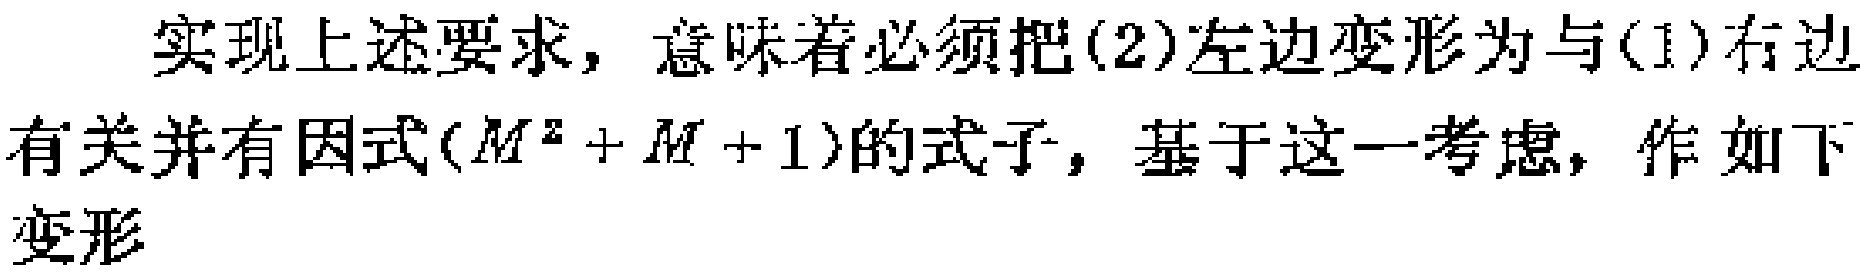
实现上述要求，意味着必须把(2)左边变形为与(1)右边有关并有因式\((M^{2}+M + 1)\)的式子，基于这一考虑，作如下变形